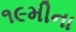
૧૯મીના